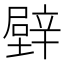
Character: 𨐧